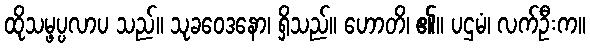
ထိုသမ္ဖပ္ပလာပ သည်။ သုခဝေဒနော၊ ရှိသည်။ ဟောတိ၊ ၏။ ပဌမံ၊ လက်ဦးက။